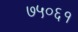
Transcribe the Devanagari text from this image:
७५०६१